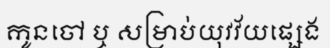
កូនចៅ ឬ សម្រាប់យុវវ័យផ្សេង